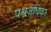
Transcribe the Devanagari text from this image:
पश्वजंघिका